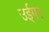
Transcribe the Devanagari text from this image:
उईगर